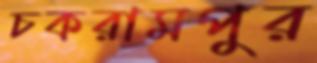
চকরামপুর